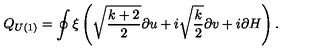
Q _ { U ( 1 ) } = \oint \xi \left( \sqrt { \frac { k + 2 } { 2 } } \partial u + i \sqrt { \frac { k } { 2 } } \partial v + i \partial H \right) .